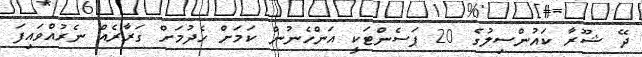
ދޭ ޝޫރާ ކައުންސިލުގެ 20 ޕަސެންޓަކީ އަންހެނުން ކަމަށް ހެދުމަށް ގަރާރެއް ނެރުއްވައިފަ